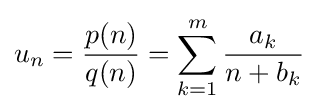
u_{n}={\frac {p(n)}{q(n)}}=\sum _{k=1}^{m}{\frac {a_{k}}{n+b_{k}}}